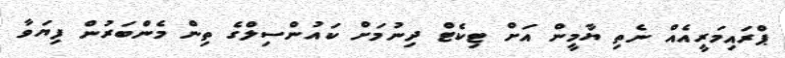
ޕްރައިމަރީއެއް ނެތި ޔާމީން އަށް ޓިކެޓް ދިނުމަށް ކައުންސިލްގެ ތިން މެންބަރުން ފިޔަވާ